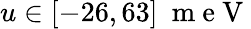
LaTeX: u\in[-26,63]~\mathrm{~m~e~V~}